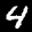
Label: 4